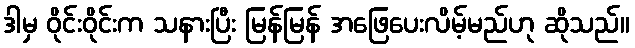
ဒါမှ ဝိုင်းဝိုင်းက သနားပြီး မြန်မြန် အဖြေပေးလိမ့်မည်ဟု ဆိုသည်။